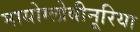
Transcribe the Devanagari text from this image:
मायोग्लोबीनूरिया